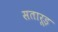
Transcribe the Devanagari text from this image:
सतारूड़